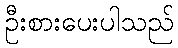
ဦးစားပေးပါသည်